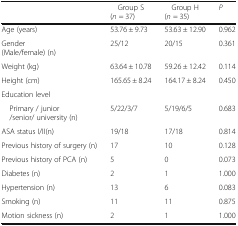
|  | Group S (n = 37) | Group H (n = 35) | P |
 | --- | --- | --- | --- |
 | Age (years) | 53.76 ± 9.73 | 53.63 ± 12.90 | 0.962 |
 | Gender (Male/female) (n) | 25/12 | 20/15 | 0.361 |
 | Weight (kg) | 63.64 ± 10.78 | 59.26 ± 12.42 | 0.114 |
 | Height (cm) | 165.65 ± 8.24 | 164.17 ± 8.24 | 0.450 |
 | <COLSPAN=4> Education level |
 | Primary / junior /senior/ university (n) | 5/22/3/7 | 5/19/6/5 | 0.683 |
 | ASA status I/II(n) | 19/18 | 17/18 | 0.814 |
 | Previous history of surgery (n) | 17 | 10 | 0.128 |
 | Previous history of PCA (n) | 5 | 0 | 0.073 |
 | Diabetes (n) | 2 | 1 | 1.000 |
 | Hypertension (n) | 13 | 6 | 0.083 |
 | Smoking (n) | 11 | 11 | 0.875 |
 | Motion sickness (n) | 2 | 1 | 1.000 |